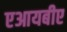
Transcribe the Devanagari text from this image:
एआयबीए